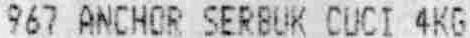
967 ANCHOR SERBUK CUCI 4KG